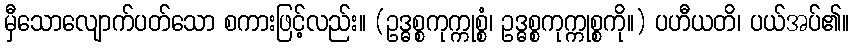
မှီသောလျောက်ပတ်သော စကားဖြင့်လည်း။ (ဥဒ္ဓစ္စကုက္ကုစ္စံ၊ ဥဒ္ဓစ္စကုက္ကုစ္စကို။) ပဟီယတိ၊ ပယ်အပ်၏။